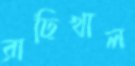
রাঢ়িখাল